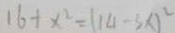
1 6 + x ^ { 2 } = ( 1 4 - 3 x ) ^ { 2 }